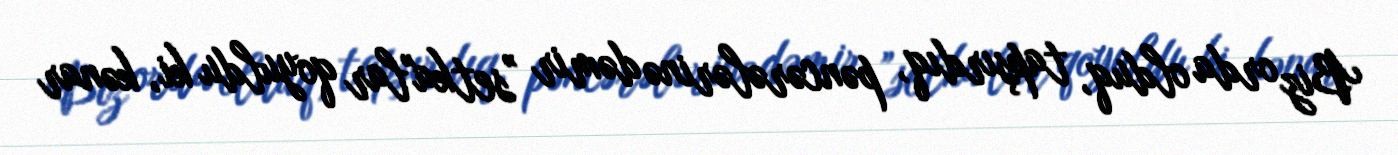
Biz orda olduq, tapşırdıq, pəncərələrinə dəmir ”setka"lar qoyuldu ki, kənar